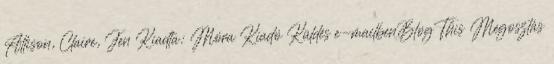
Allison, Claire, Jen Kiadta: Móra Kiadó Küldés e-mailbenBlogThis Megosztás